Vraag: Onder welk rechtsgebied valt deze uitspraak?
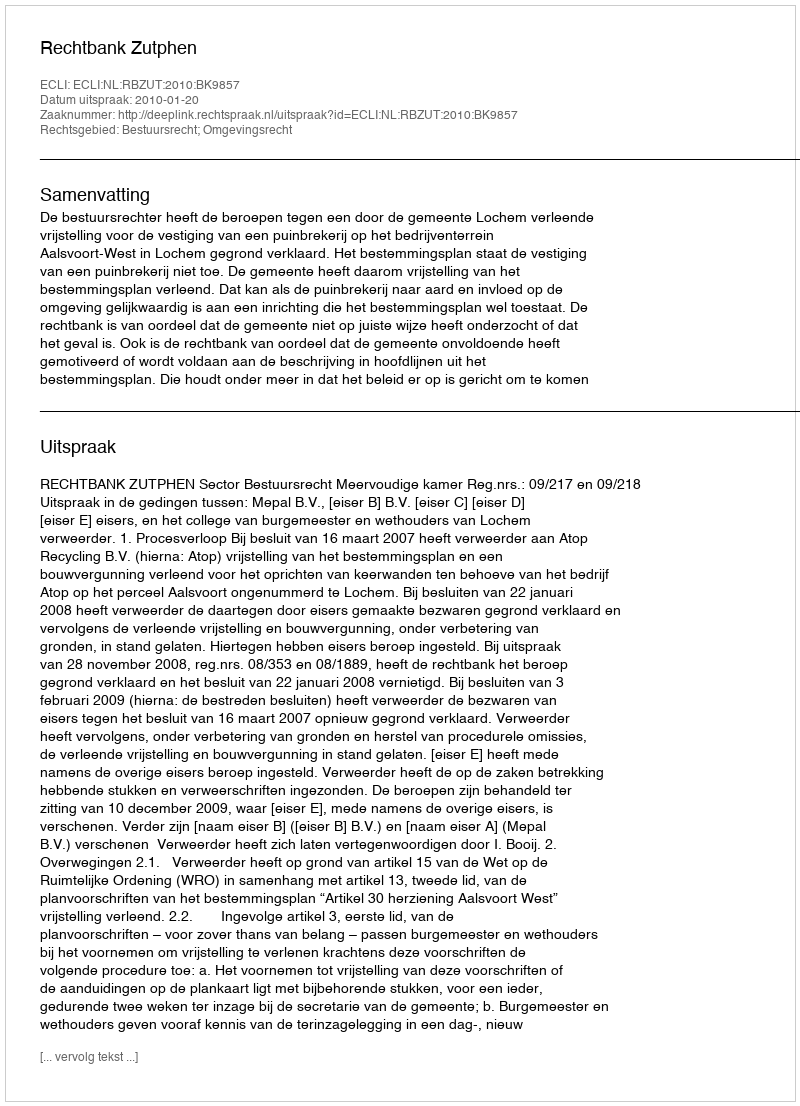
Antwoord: Bestuursrecht; Omgevingsrecht